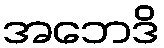
အဘေဒိ